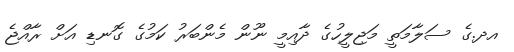
އދ.ގެ ސަލާމަތީ މަޖިލީހުގެ ދާއިމީ ނޫން މެންބަރު ކަމުގެ ގޮނޑި އަށް ރާއްޖެ